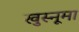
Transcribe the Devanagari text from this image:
खुस्नूमा